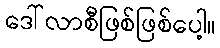
ဒေါ်လာစီဖြစ်ဖြစ်ပေါ့။